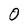
Character: 0